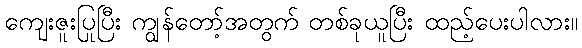
ကျေးဇူးပြုပြီး ကျွန်တော့်အတွက် တစ်ခုယူပြီး ထည့်ပေးပါလား။